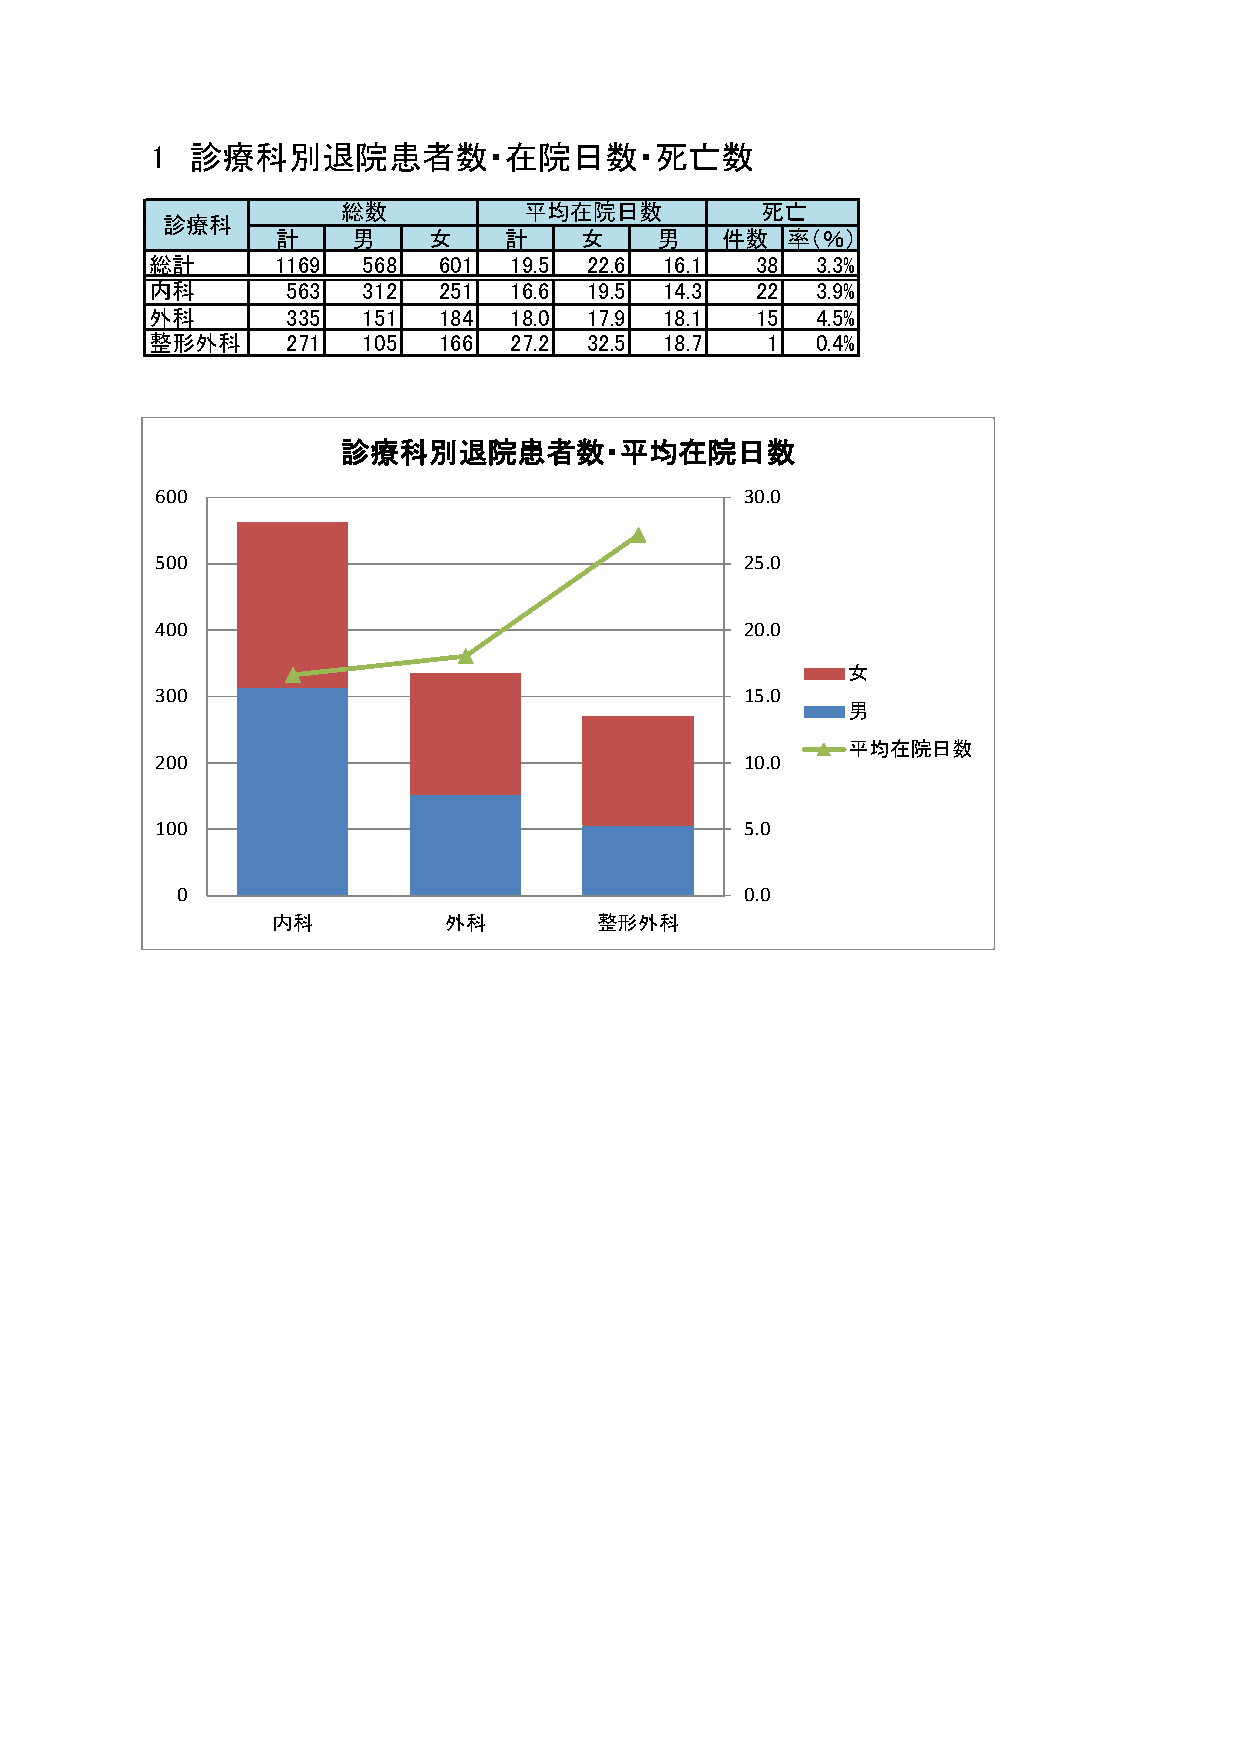
1 診療科別退院患者数・在院日数・死亡数
 総数          平均在院日数         死亡
 診療科
 計    男    女    計    女    男    件数  率（％）
 総計      1169  568  601  19.5 22.6 16.1  38  3.3%
 内科       563  312  251  16.6 19.5 14.3  22  3.9%
 外科       335  151  184  18.0 17.9 18.1  15  4.5%
 整形外科     271  105  166  27.2 32.5 18.7   1  0.4%
 診療科別退院患者数・平均在院日数
 600                                    30.0
 500                                    25.0
 400                                    20.0
 女
 300                                    15.0
 男
 平均在院日数
 200                                    10.0
 100                                    5.0
 0                                    0.0
 内科         外科        整形外科